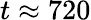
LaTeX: t\approx 720